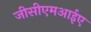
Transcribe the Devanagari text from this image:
जीसीएमआईए